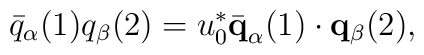
\bar{q}_{\alpha}(1) q_{\beta}(2) = u_{0}^{*} \bar{\bf q}_{\alpha}(1)                       \cdot{\bf q}_{\beta}(2),